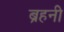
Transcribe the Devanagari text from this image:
ब्रहनी